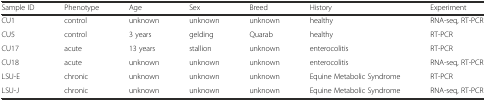
| Sample ID | Phenotype | Age | Sex | Breed | History | Experiment |
 | --- | --- | --- | --- | --- | --- | --- |
 | CU1 | control | unknown | unknown | unknown | healthy | RNA-seq, RT-PCR |
 | CU5 | control | 3 years | gelding | Quarab | healthy | RT-PCR |
 | CU17 | acute | 13 years | stallion | unknown | enterocolitis | RT-PCR |
 | CU18 | acute | unknown | unknown | unknown | enterocolitis | RNA-seq, RT-PCR |
 | LSU-E | chronic | unknown | unknown | unknown | Equine Metabolic Syndrome | RT-PCR |
 | LSU-J | chronic | unknown | unknown | unknown | Equine Metabolic Syndrome | RNA-seq, RT-PCR |